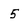
Character: 5